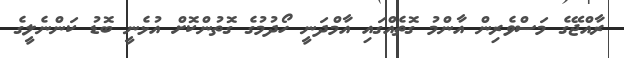
ރާއްޖޭގެ މަސްވެރިން އާންމު ގޮތެއްގައި އާމްދަނީ ހޯދުމުގެ ގޮތުންކޮށް އުޅެނީ ބޮޑު ކަންނެލީގެ